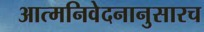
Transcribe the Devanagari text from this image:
आत्मनिवेदनानुसारच